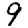
Digit: 9